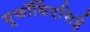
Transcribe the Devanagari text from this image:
यूफॉर्बिएसिई